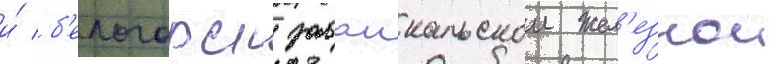
и́ б'елогорск забаикальскои жел'езнои